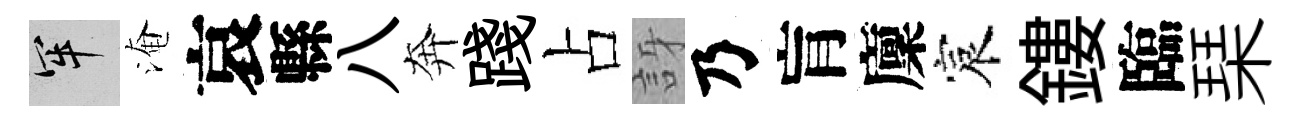
牢淹哀縣八奔踐占訝乃肓廩宸鏤臨琹